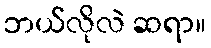
ဘယ်လိုလဲ ဆရာ။